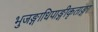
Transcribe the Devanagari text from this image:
भुजङ्गाधिपाङ्गीकृताङ्गा